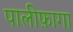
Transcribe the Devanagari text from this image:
पालीफ़ागा